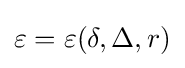
\varepsilon =\varepsilon (\delta ,\Delta ,r)